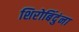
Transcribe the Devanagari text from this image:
शिरोबिंदुंना